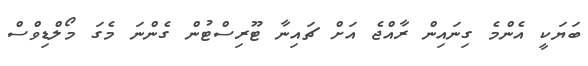
ބަޔަކީ އެންމެ ގިނައިން ރާއްޖެ އަށް ޗައިނާ ޓޫރިސްޓުން ގެންނަ މެގަ މޯލްޑިވްސް